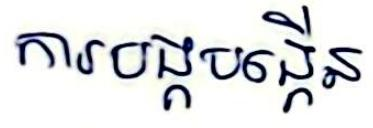
ការបង្កបង្កើន